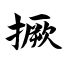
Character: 撅